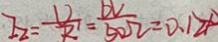
I _ { z } = \frac { U } { R ^ { 1 } } = \frac { 6 v } { 5 0 \Omega } = 0 . 1 2 A